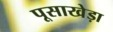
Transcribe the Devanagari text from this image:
पूसाखेड़ा